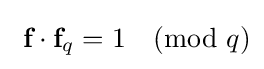
\ {\textbf {f}}\cdot {\textbf {f}}_{q}=1{\pmod {q}}